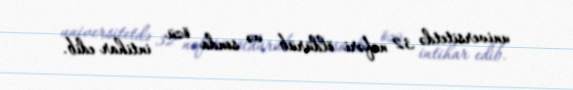
universitetdə 32 nəfəri öldürüb və sonda özü intihar edib.